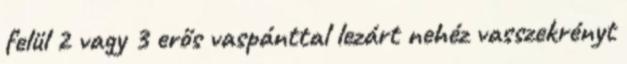
felül 2 vagy 3 erős vaspánttal lezárt nehéz vasszekrényt